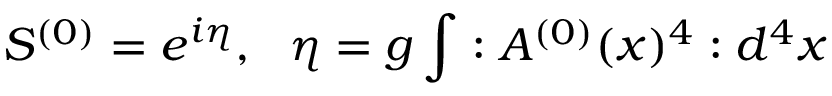
S ^ { ( 0 ) } = e ^ { i \eta } , \, \, \, \, \eta = g \int : A ^ { ( 0 ) } ( x ) ^ { 4 } : d ^ { 4 } x